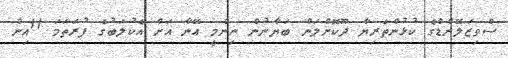
ސްވިޒަލޭންޑްގެ ކުޅުންތެރިޔާ ދޫކޮށްލަން ބަޔާނުން ނިންމީ އޭނާ އަށް އެކުލަބުގެ ފުރަތަމަ 11އިން